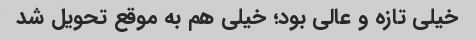
خیلی تازه و عالی بود؛ خیلی هم به موقع تحویل شد